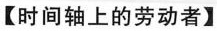
【时间轴上的劳动者】